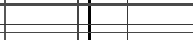
١٢٢